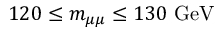
1 2 0 \leq \ensuremath { m _ { \mu \mu } } \leq 1 3 0 \ \mathrm { G e V }